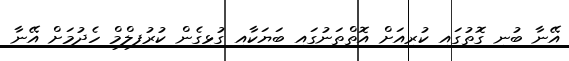
އޭނާ ބުނި ގޮތުގައި ކުރިއަށް އޮތްތަނުގައި ބަޔަކާއި ގުޅިގެން ކުރުފިލްމް ހެދުމަށް އޭނާ